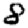
Digit: 8